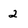
Character: 2